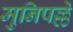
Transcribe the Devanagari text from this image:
मुनिपल्ले